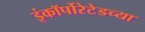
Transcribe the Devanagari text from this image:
इंकॉर्पोरेटेडच्या